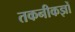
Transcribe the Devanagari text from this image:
तकनीकज्ञों